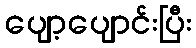
ပျော့ပျောင်းပြီး